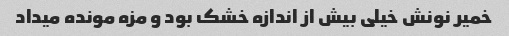
خمیر نونش خیلی بیش از اندازه خشک بود و مزه مونده میداد